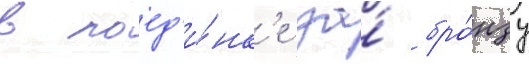
в поед'и́нк'е за́ бро́нзу